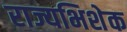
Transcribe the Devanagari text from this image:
राज्यभिशेक